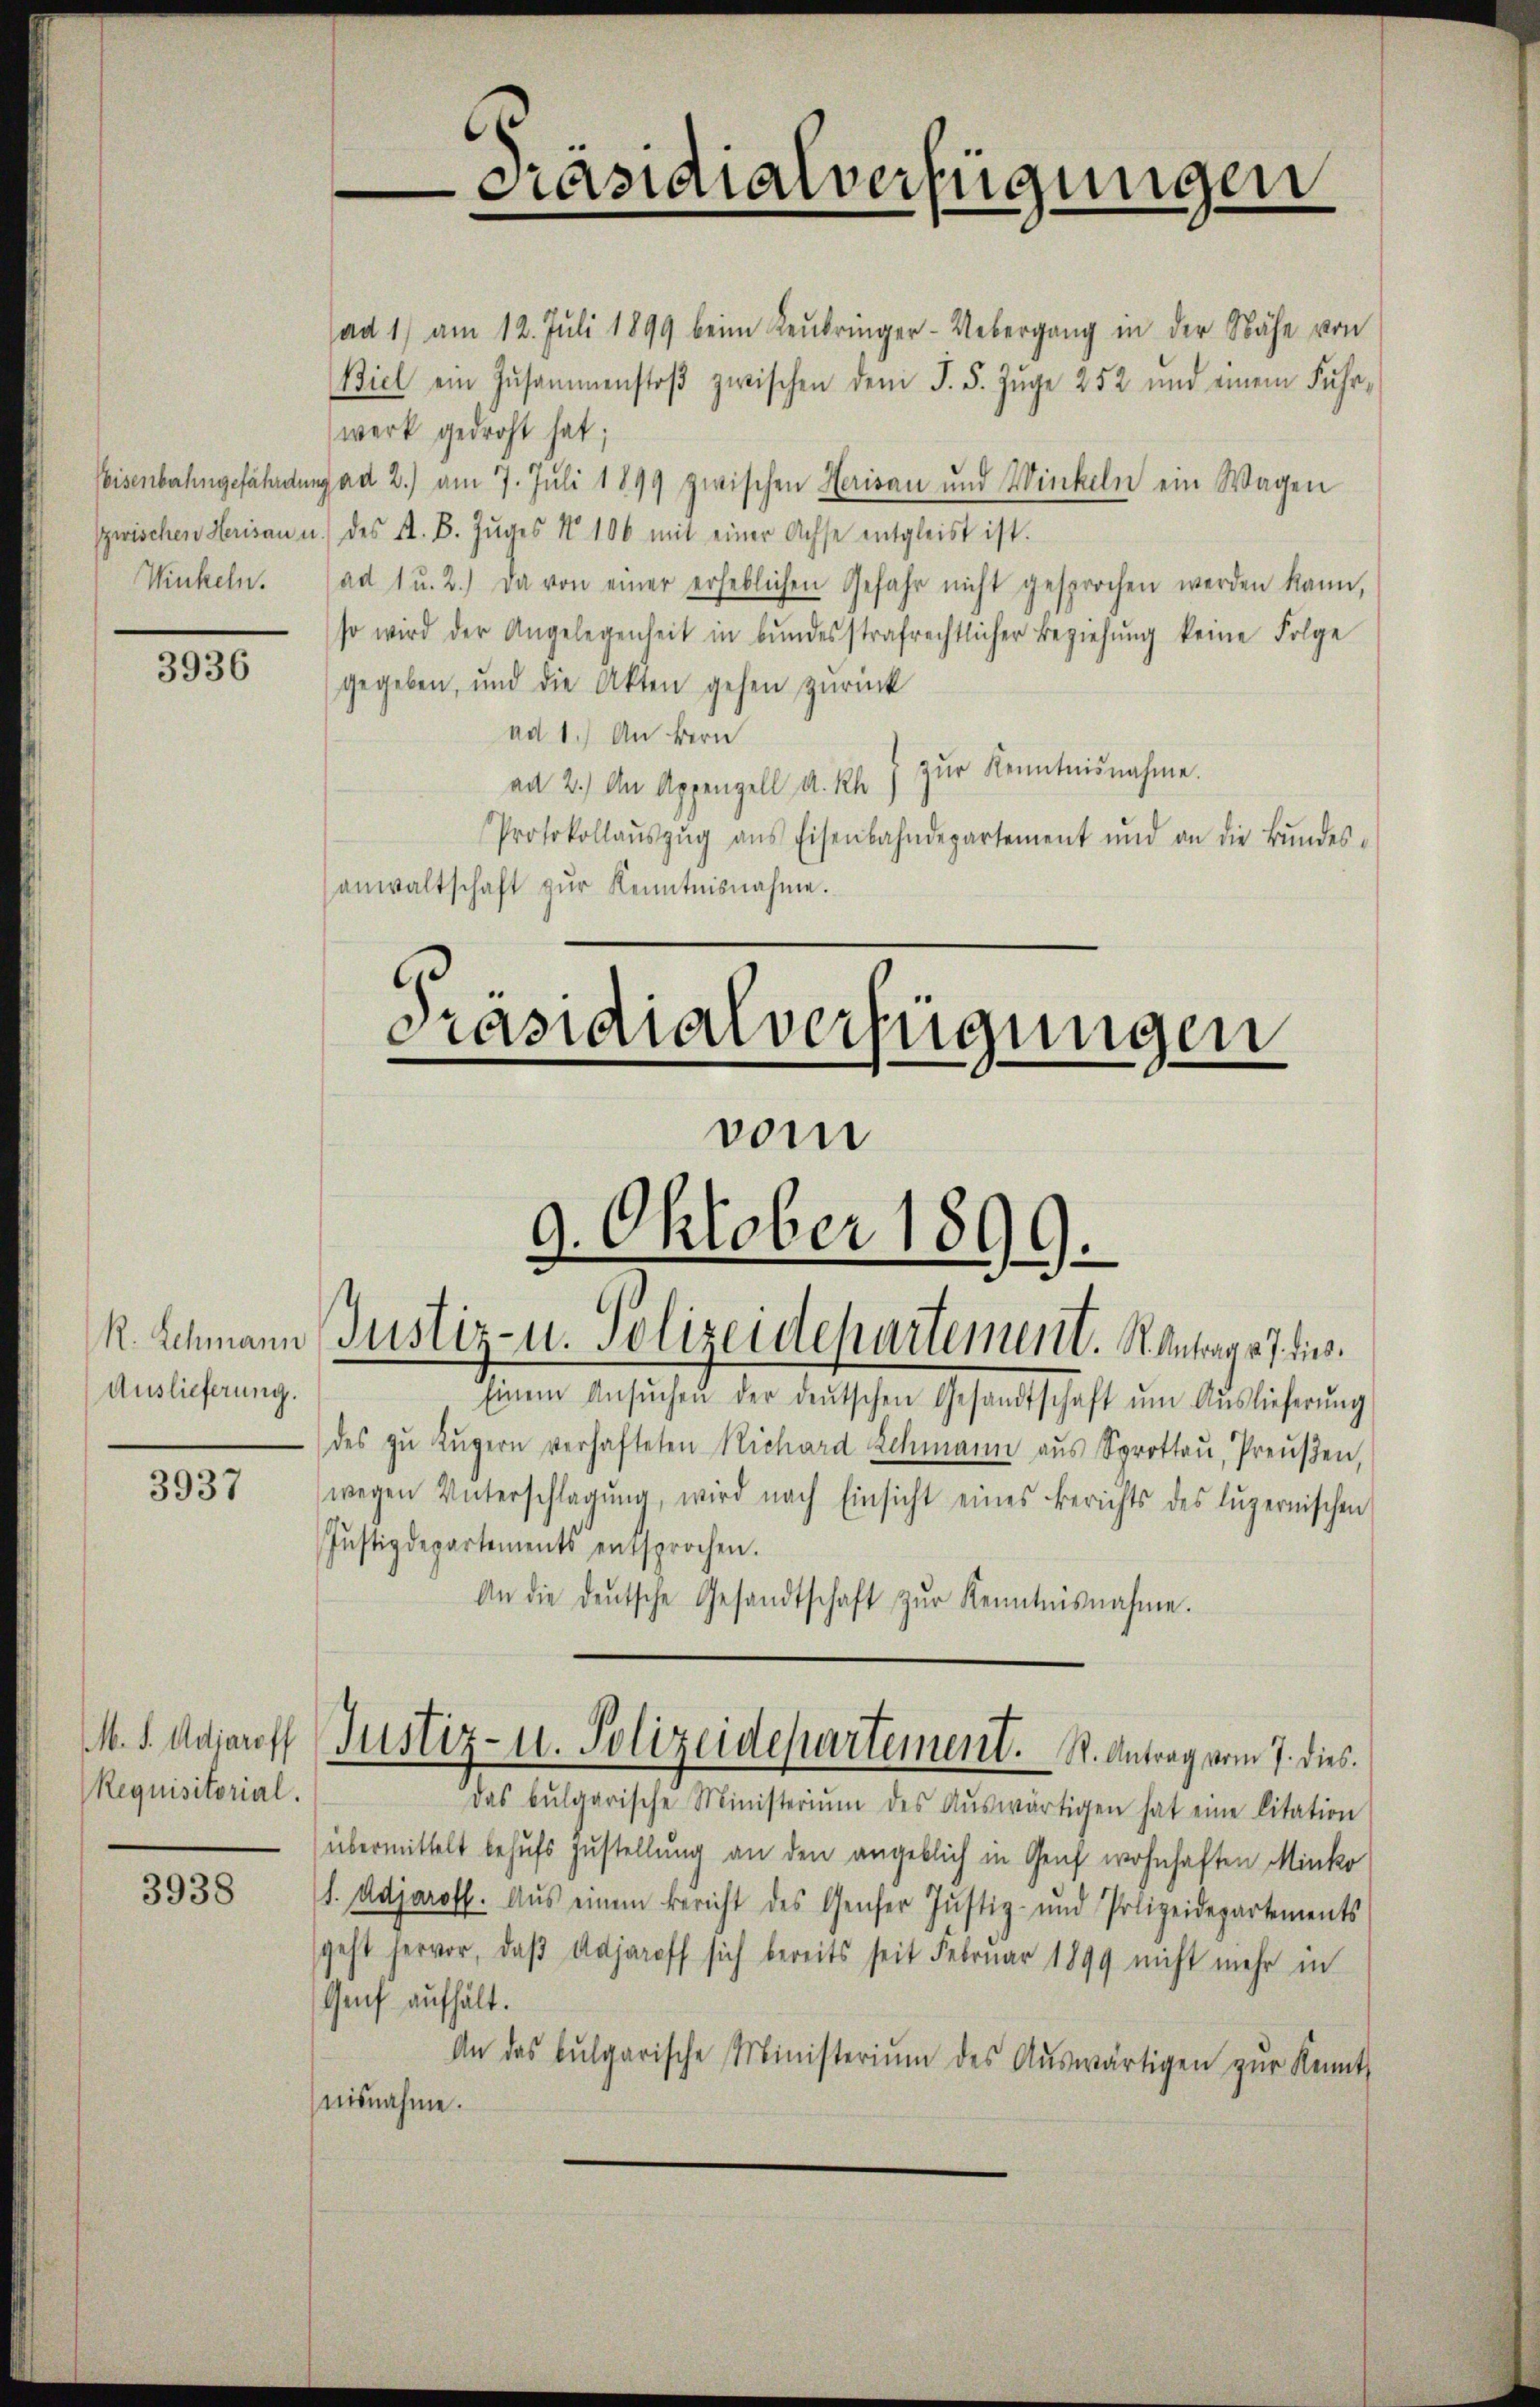
Winkeln.

3936

Auslieferung.

3937

M. S. Adjaroff
Requisitorial.

3938

ad 1) am 12. Juli 1899 beim Keŭbringer-Uebergang in der Nähe von
Biel ein Zusammenstoβ zwischen dem §. 5. Zŭge 252 und einem Führ-
werk gedroht hat;
Heisenbahngefährdung ad 2.) am 7. Juli 1899 zwischen Herisau und Winkeln ein Wagen
zwischen Herisau u. des St. B. Zŭges No 106 mit einer Achse entgleist ist.
ad 1 u. 2.) Da von einer erheblichen Gefahr nicht gesprochen werden kann,
so wird der Angelegenheit in bŭndesstrafrechtlicher Beziehŭng keine Folge
gegeben, und die Akten gehen zŭrück
ad 1.) An bern
zŭr Kenntnisnahme.
ad 2.) An Appenzell A. Rh
Protokollaŭszŭg ans Eisenbahndepartement und an die Bŭndes-
anwaltschaft zŭr Kenntnisnahme.

Präsidialverfügungen

Pasidialverfügungen
.
vom
9. Oktober 1899.
R. Schmann Justiz- u. Polizeidepartement. Antrags J. dies
Einem Ansŭchen der deŭtschen Gesandtschaft ŭm Aŭslieferŭng

des zŭ Lŭgern verhafteten Richard Schmann aŭs Sprottoŭ, Preŭβen,
wegen Unterschlagung, wird nach Einsicht eines Berichts des luzernischen
Justizdepartements entsprochen.
An die deutsche Gesandtschaft zŭr Kenntnisnahme.
Das bulgarische Ministeriŭm des Aŭswärtigen hat eine Citation
übermittelt behufs Zustellung an den angeblich in Genf wohnhaften Minko
I. Adjaroff. Aus einem Bericht des Genfer Justiz- und Polizeidepartements
geht hervor, daß Adjareff sich bereits seit Februar 1899 nicht mehr in
Genf aufhält.
An das bulgarische Ministerium des Aŭswärtigen zŭr Kennt-
nisnahme.

Justiz- u. Polizeidepartement. St. Antrag vom 7. dies